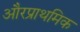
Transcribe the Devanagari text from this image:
औरप्राथमिक